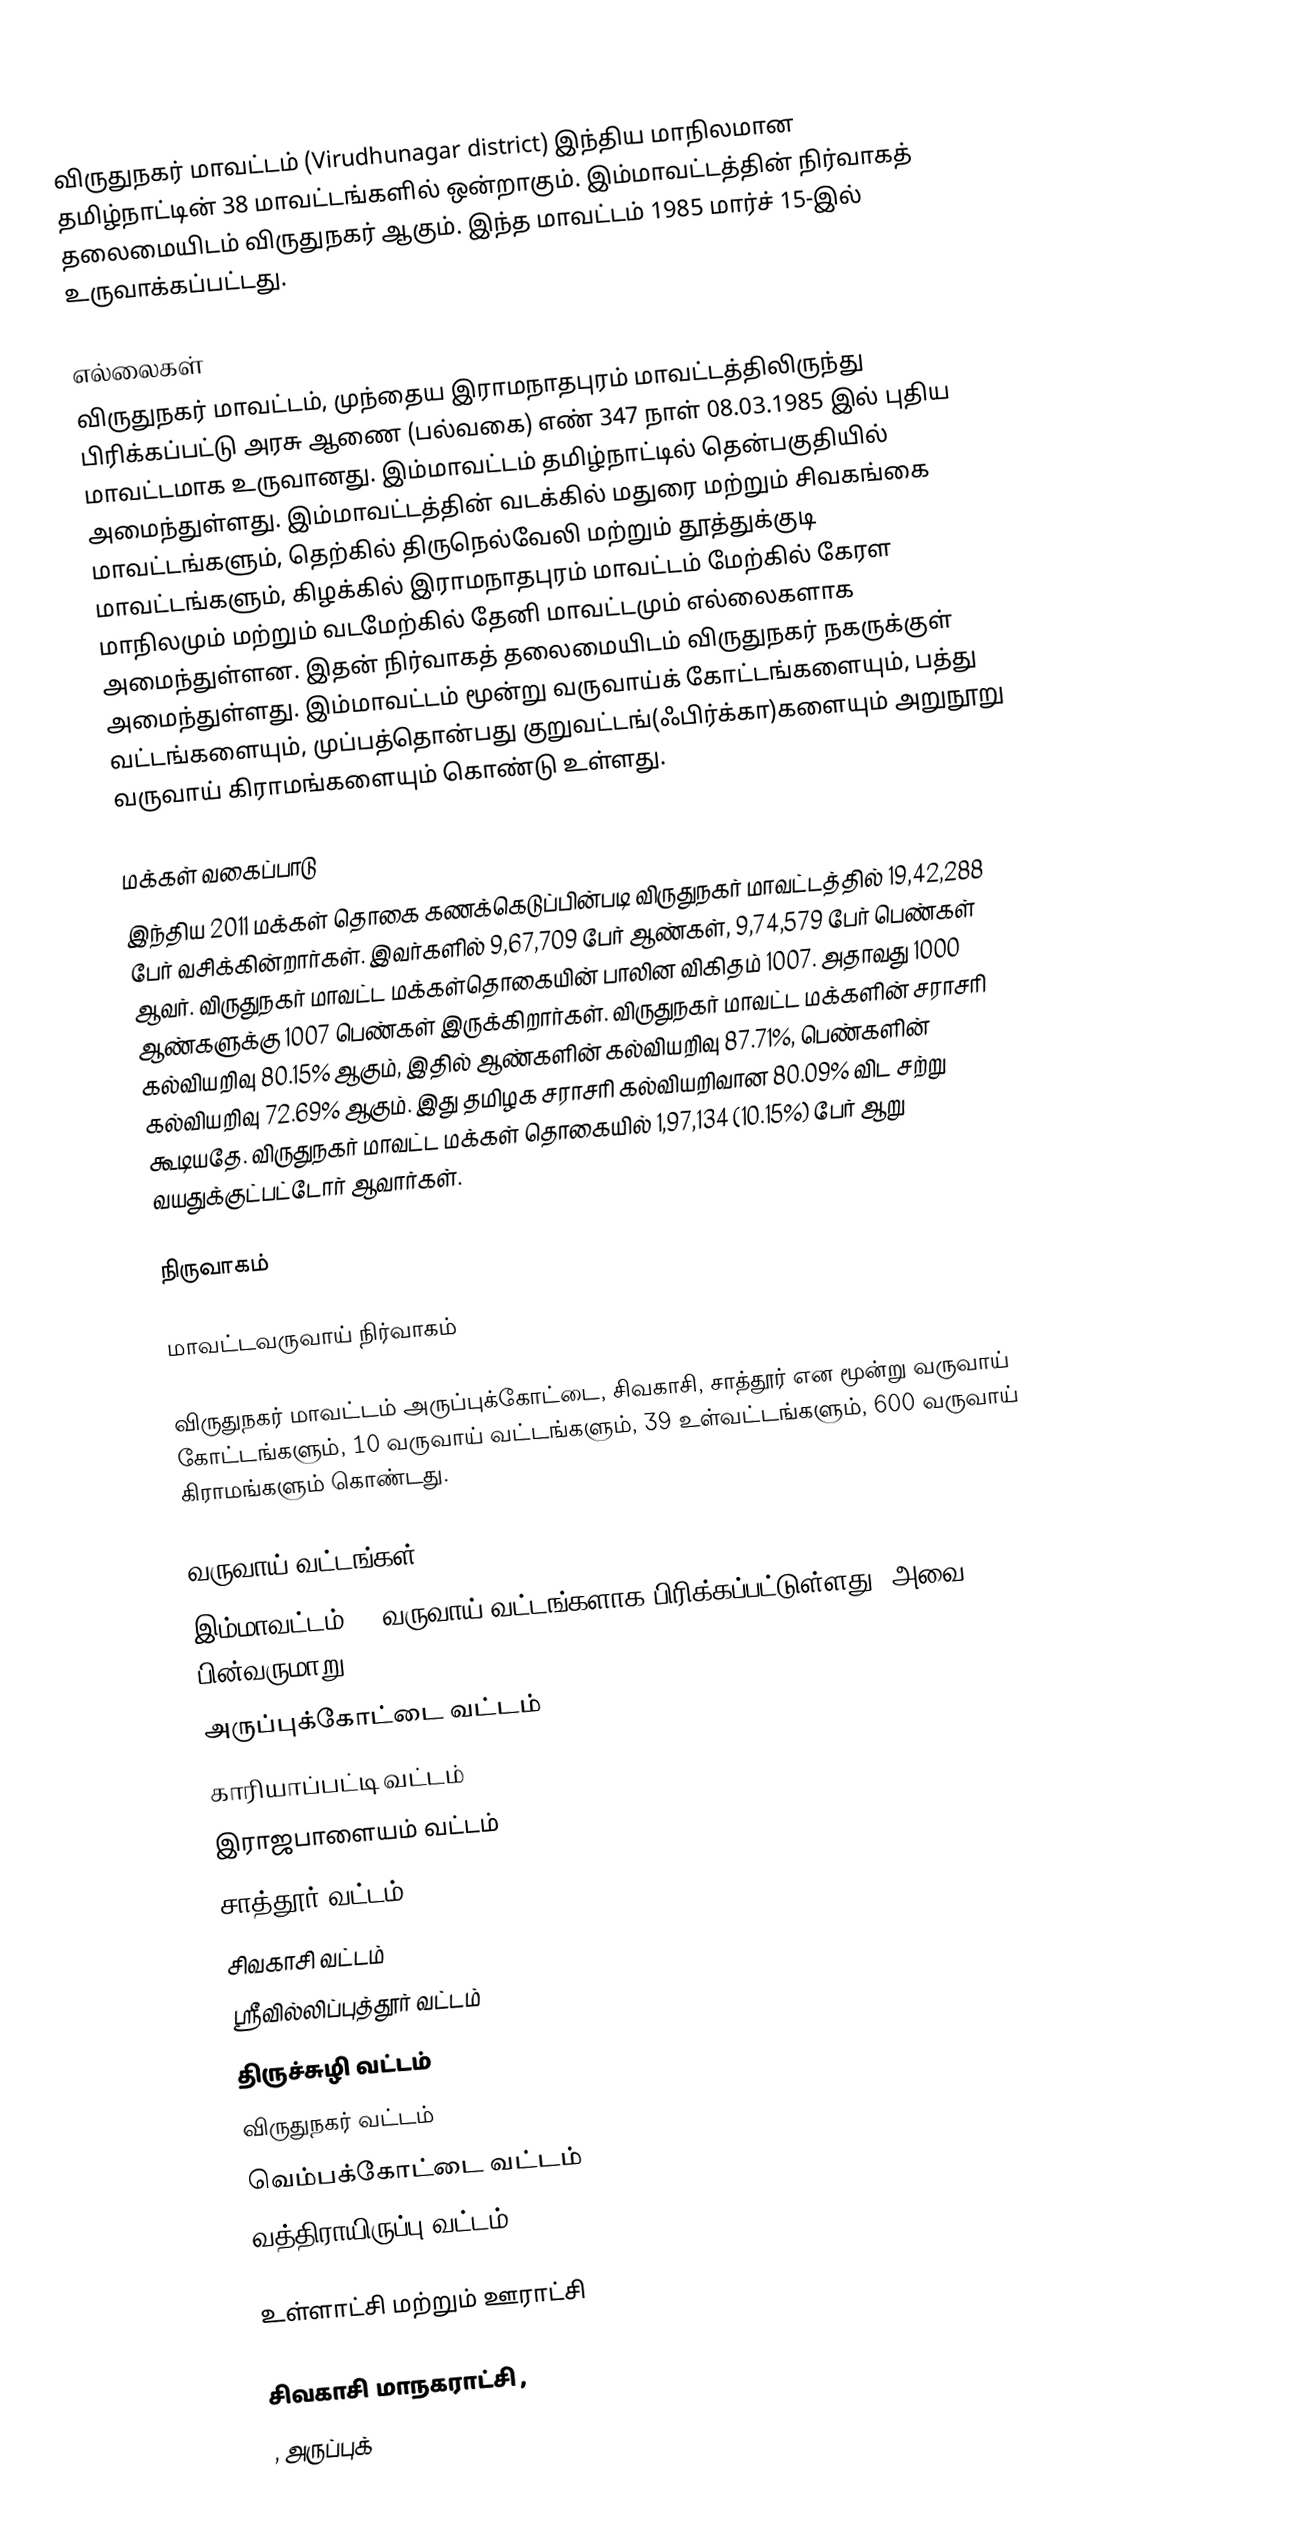
விருதுநகர் மாவட்டம் (Virudhunagar district) இந்திய மாநிலமான தமிழ்நாட்டின் 38 மாவட்டங்களில் ஒன்றாகும். இம்மாவட்டத்தின் நிர்வாகத் தலைமையிடம் விருதுநகர் ஆகும். இந்த மாவட்டம் 1985 மார்ச் 15-இல் உருவாக்கப்பட்டது.

எல்லைகள்
விருதுநகர் மாவட்டம், முந்தைய இராமநாதபுரம் மாவட்டத்திலிருந்து பிரிக்கப்பட்டு அரசு ஆணை (பல்வகை) எண் 347 நாள் 08.03.1985 இல் புதிய மாவட்டமாக உருவானது. இம்மாவட்டம் தமிழ்நாட்டில் தென்பகுதியில் அமைந்துள்ளது. இம்மாவட்டத்தின் வடக்கில் மதுரை மற்றும் சிவகங்கை மாவட்டங்களும், தெற்கில் திருநெல்வேலி மற்றும் தூத்துக்குடி மாவட்டங்களும், கிழக்கில் இராமநாதபுரம் மாவட்டம் மேற்கில் கேரள மாநிலமும் மற்றும் வடமேற்கில் தேனி மாவட்டமும் எல்லைகளாக அமைந்துள்ளன. இதன் நிர்வாகத் தலைமையிடம் விருதுநகர் நகருக்குள் அமைந்துள்ளது. இம்மாவட்டம் மூன்று வருவாய்க் கோட்டங்களையும், பத்து வட்டங்களையும், முப்பத்தொன்பது குறுவட்டங்(ஃபிர்க்கா)களையும் அறுநூறு வருவாய் கிராமங்களையும் கொண்டு உள்ளது.

மக்கள் வகைப்பாடு
இந்திய 2011 மக்கள் தொகை கணக்கெடுப்பின்படி விருதுநகர் மாவட்டத்தில் 19,42,288 பேர் வசிக்கின்றார்கள். இவர்களில் 9,67,709 பேர் ஆண்கள், 9,74,579 பேர் பெண்கள் ஆவர். விருதுநகர் மாவட்ட  மக்கள்தொகையின் பாலின விகிதம் 1007. அதாவது 1000 ஆண்களுக்கு 1007 பெண்கள் இருக்கிறார்கள். விருதுநகர் மாவட்ட மக்களின் சராசரி கல்வியறிவு 80.15% ஆகும், இதில் ஆண்களின் கல்வியறிவு 87.71%, பெண்களின் கல்வியறிவு 72.69% ஆகும். இது தமிழக சராசரி கல்வியறிவான 80.09% விட சற்று கூடியதே. விருதுநகர் மாவட்ட மக்கள் தொகையில் 1,97,134 (10.15%) பேர் ஆறு வயதுக்குட்பட்டோர் ஆவார்கள்.

நிருவாகம்

மாவட்டவருவாய் நிர்வாகம்

விருதுநகர் மாவட்டம் அருப்புக்கோட்டை, சிவகாசி, சாத்தூர் என மூன்று வருவாய் கோட்டங்களும், 10 வருவாய் வட்டங்களும்,  39 உள்வட்டங்களும், 600 வருவாய் கிராமங்களும் கொண்டது.

வருவாய் வட்டங்கள்
இம்மாவட்டம் 10 வருவாய் வட்டங்களாக பிரிக்கப்பட்டுள்ளது. அவை பின்வருமாறு:
 அருப்புக்கோட்டை வட்டம்
 காரியாப்பட்டி வட்டம்
 இராஜபாளையம் வட்டம்
 சாத்தூர் வட்டம்
 சிவகாசி வட்டம்
 ஸ்ரீவில்லிப்புத்தூர் வட்டம்
 திருச்சுழி வட்டம்
 விருதுநகர் வட்டம்
 வெம்பக்கோட்டை வட்டம்
 வத்திராயிருப்பு வட்டம்

உள்ளாட்சி மற்றும் ஊராட்சி

சிவகாசி மாநகராட்சி ,
 ,  அருப்புக்